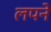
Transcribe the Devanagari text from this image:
लपने